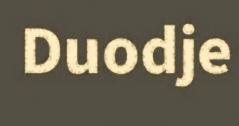
Duodje